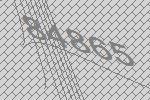
84865